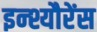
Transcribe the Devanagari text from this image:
इन्श्यौरेंस